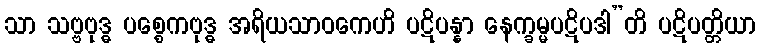
သာ သဗ္ဗဗုဒ္ဓ ပစ္စေကဗုဒ္ဓ အရိယသာဝကေဟိ ပဋိပန္နာ နေက္ခမ္မပဋိပဒါ”တိ ပဋိပတ္တိယာ